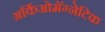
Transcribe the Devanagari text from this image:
अर्किओमॅग्नेटिक